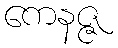
ကေနဇ္ဇ